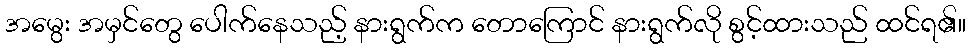
အမွေး အမှင်တွေ ပေါက်နေသည့် နားရွက်က တောကြောင် နားရွက်လို စွင့်ထားသည် ထင်ရ၏။